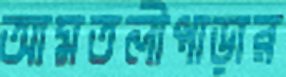
আমতলীপাড়ার